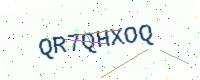
Text: QR7QHXOQ